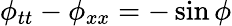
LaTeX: \phi_{tt}-\phi_{xx}=-\sin\phi